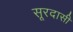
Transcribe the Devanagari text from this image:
सूरदासी